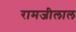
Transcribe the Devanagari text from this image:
रामजीलाल